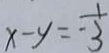
x - y = - \frac { 1 } { 3 }